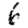
Digit: 6